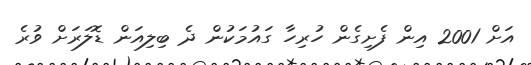
އަށް 2001 އިން ފެށިގެން ހުރިހާ ގައުމަކުން ދެ ބިލިއަން ޑޮލަރަށް ވުރެ